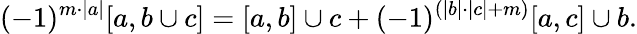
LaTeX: (-1)^{m\cdot|a|}[a,b\cup c]=[a,b]\cup c+(-1)^{(|b|\cdot|c|+m)}[a,c]\cup b.